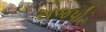
રાજપોર